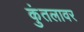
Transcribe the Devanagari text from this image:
कुंतलावर